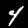
Digit: 4